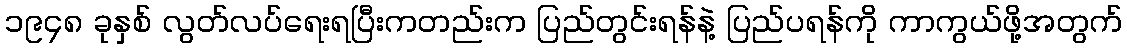
၁၉၄၈ ခုနှစ် လွတ်လပ်ရေးရပြီးကတည်းက ပြည်တွင်းရန်နဲ့ ပြည်ပရန်ကို ကာကွယ်ဖို့အတွက်